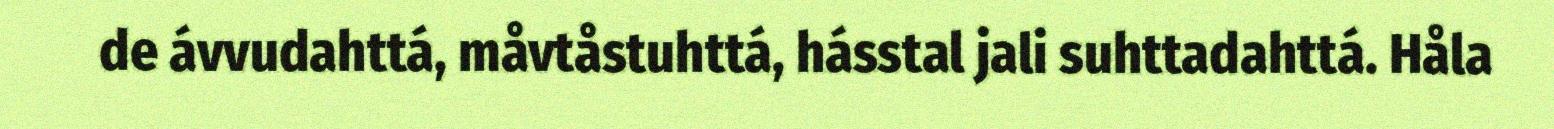
de ávvudahttá, måvtåstuhttá, hásstal jali suhttadahttá. Håla